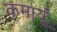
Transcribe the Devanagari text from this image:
कमायूं